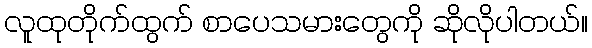
လူထုတိုက်ထွက် စာပေသမားတွေကို ဆိုလိုပါတယ်။